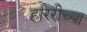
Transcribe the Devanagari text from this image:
हरिरीच्या